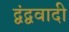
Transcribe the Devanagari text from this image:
द्वंद्ववादी